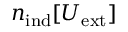
{ n } _ { \mathrm { i n d } } [ U _ { \mathrm { e x t } } ]